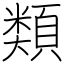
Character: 類